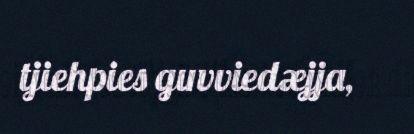
tjiehpies guvviedæjja,